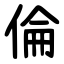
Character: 倫